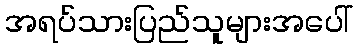
အရပ်သားပြည်သူများအပေါ်